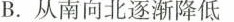
B.从南向北逐渐降低